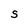
Character: S